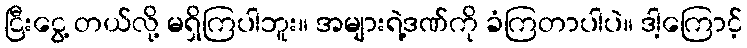
ငြီးငွေ့ တယ်လို့ မရှိကြပါဘူး။ အများရဲ့ဒဏ်ကို ခံကြတာပါပဲ။ ဒါ့ကြောင့်